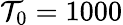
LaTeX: \mathcal{T}_{0}=1000